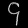
Digit: ၄